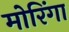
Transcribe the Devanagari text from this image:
मोरिंगा